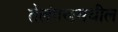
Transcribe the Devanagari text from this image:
तेलंगणमधील